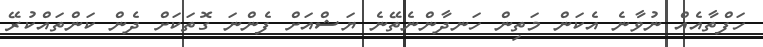
ހަފްތާއެއް ނުވާނެ އެކަން މަތިން ހަނދާންނެތޭނެ ޔަޝްއަށް ފެންނަ ގޮތަކަށް ދެން ކަންތައްކުރޭ